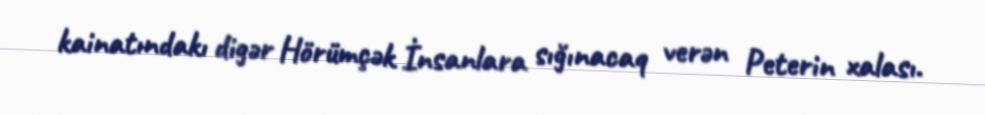
kainatındakı digər Hörümçək İnsanlara sığınacaq verən Peterin xalası.